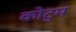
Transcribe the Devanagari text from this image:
कोटुम